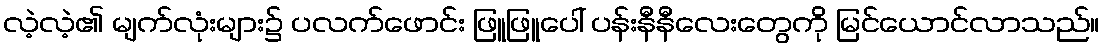
လဲ့လဲ့၏ မျက်လုံးများ၌ ပလက်ဖောင်း ဖြူဖြူပေါ် ပန်းနီနီလေးတွေကို မြင်ယောင်လာသည်။